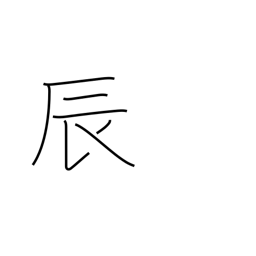
Meaning: sign of the dragon